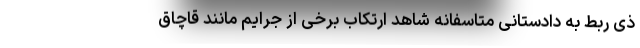
ذی ربط به دادستانی متاسفانه شاهد ارتکاب برخی از جرایم مانند قاچاق